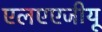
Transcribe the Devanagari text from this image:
एलएएजीयू